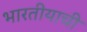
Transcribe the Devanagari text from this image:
भारतीयाची